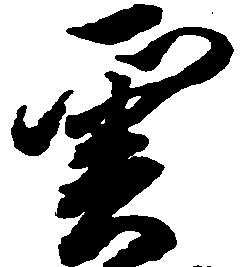
雲